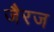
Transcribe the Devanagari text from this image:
जैरज